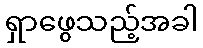
ရှာဖွေသည့်အခါ